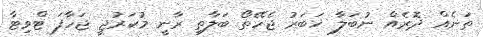
ތަނެއް ދޮރެއް ނުބަލާ ޚަބަރު ޖެހޭތޯ ބަލާތި ރާނީ މުކަރުޖީ ޖަހާފަ ޓްވިޓާ